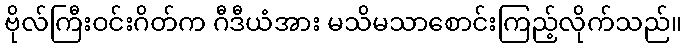
ဗိုလ်ကြီးဝင်းဂိတ်က ဂီဒီယံအား မသိမသာစောင်းကြည့်လိုက်သည်။